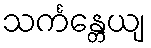
သင်္ကန္တေယျ